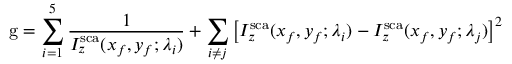
\mathrm { g } = \sum _ { i = 1 } ^ { 5 } \frac { 1 } { I _ { z } ^ { \mathrm { s c a } } ( x _ { f } , y _ { f } ; \lambda _ { i } ) } + \sum _ { i \ne j } \left[ I _ { z } ^ { \mathrm { s c a } } ( x _ { f } , y _ { f } ; \lambda _ { i } ) - I _ { z } ^ { \mathrm { s c a } } ( x _ { f } , y _ { f } ; \lambda _ { j } ) \right] ^ { 2 }